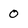
Character: 0